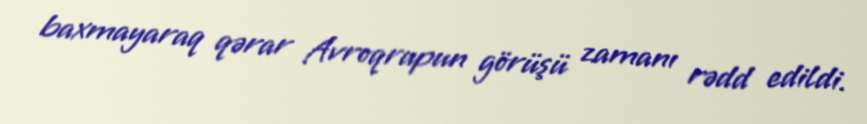
baxmayaraq qərar Avroqrupun görüşü zamanı rədd edildi.